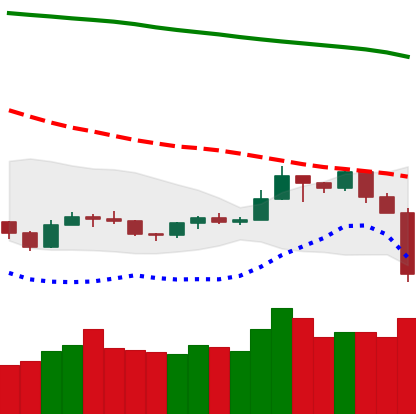
Ticker: TRX-USD
Chart end date: 2019-09-24
Forward return: 4.752%
Label: up_3_5